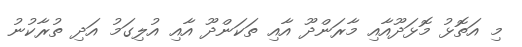
މި އަތޮޅު މޮޅަދޫއާއި މާރަންދޫ އާއި ތަކަންދޫ އާއި އުލިގަމު އަދި ތުރާކުނު